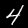
Digit: 4